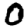
Digit: 0